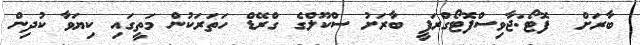
ބާރަށް  ފޮޓޯ:ޖާވިސްފޮޓޯގްރަފީ ބާރަށު ސްކޫލްގެ ގްރޭޑް ހަތަރަކުން މަތީގައި ކިޔަވާ ކުދިން